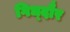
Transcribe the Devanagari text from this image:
गिध्दौर